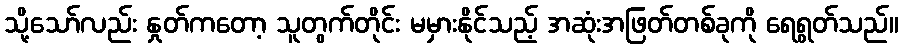
သို့သော်လည်း နှုတ်ကတော့ သူတွက်တိုင်း မမှားနိုင်သည့် အဆုံးအဖြတ်တစ်ခုကို ရေရွတ်သည်။